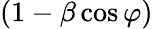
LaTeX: (1-\beta\cos\varphi)